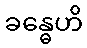
ခန္ဓေဟိ